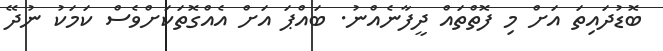
ބޮޑުދައިތަ އަށް މި ފޮތްތައް ދީފާނެއްނު. ބައްޕަ އަށް އެއްގޮތަކަށްވެސް ކަމަކު ނުދޭ